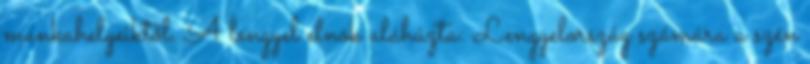
munkahelyeiktől. A lengyel elnök aláhúzta: Lengyelország számára a szén